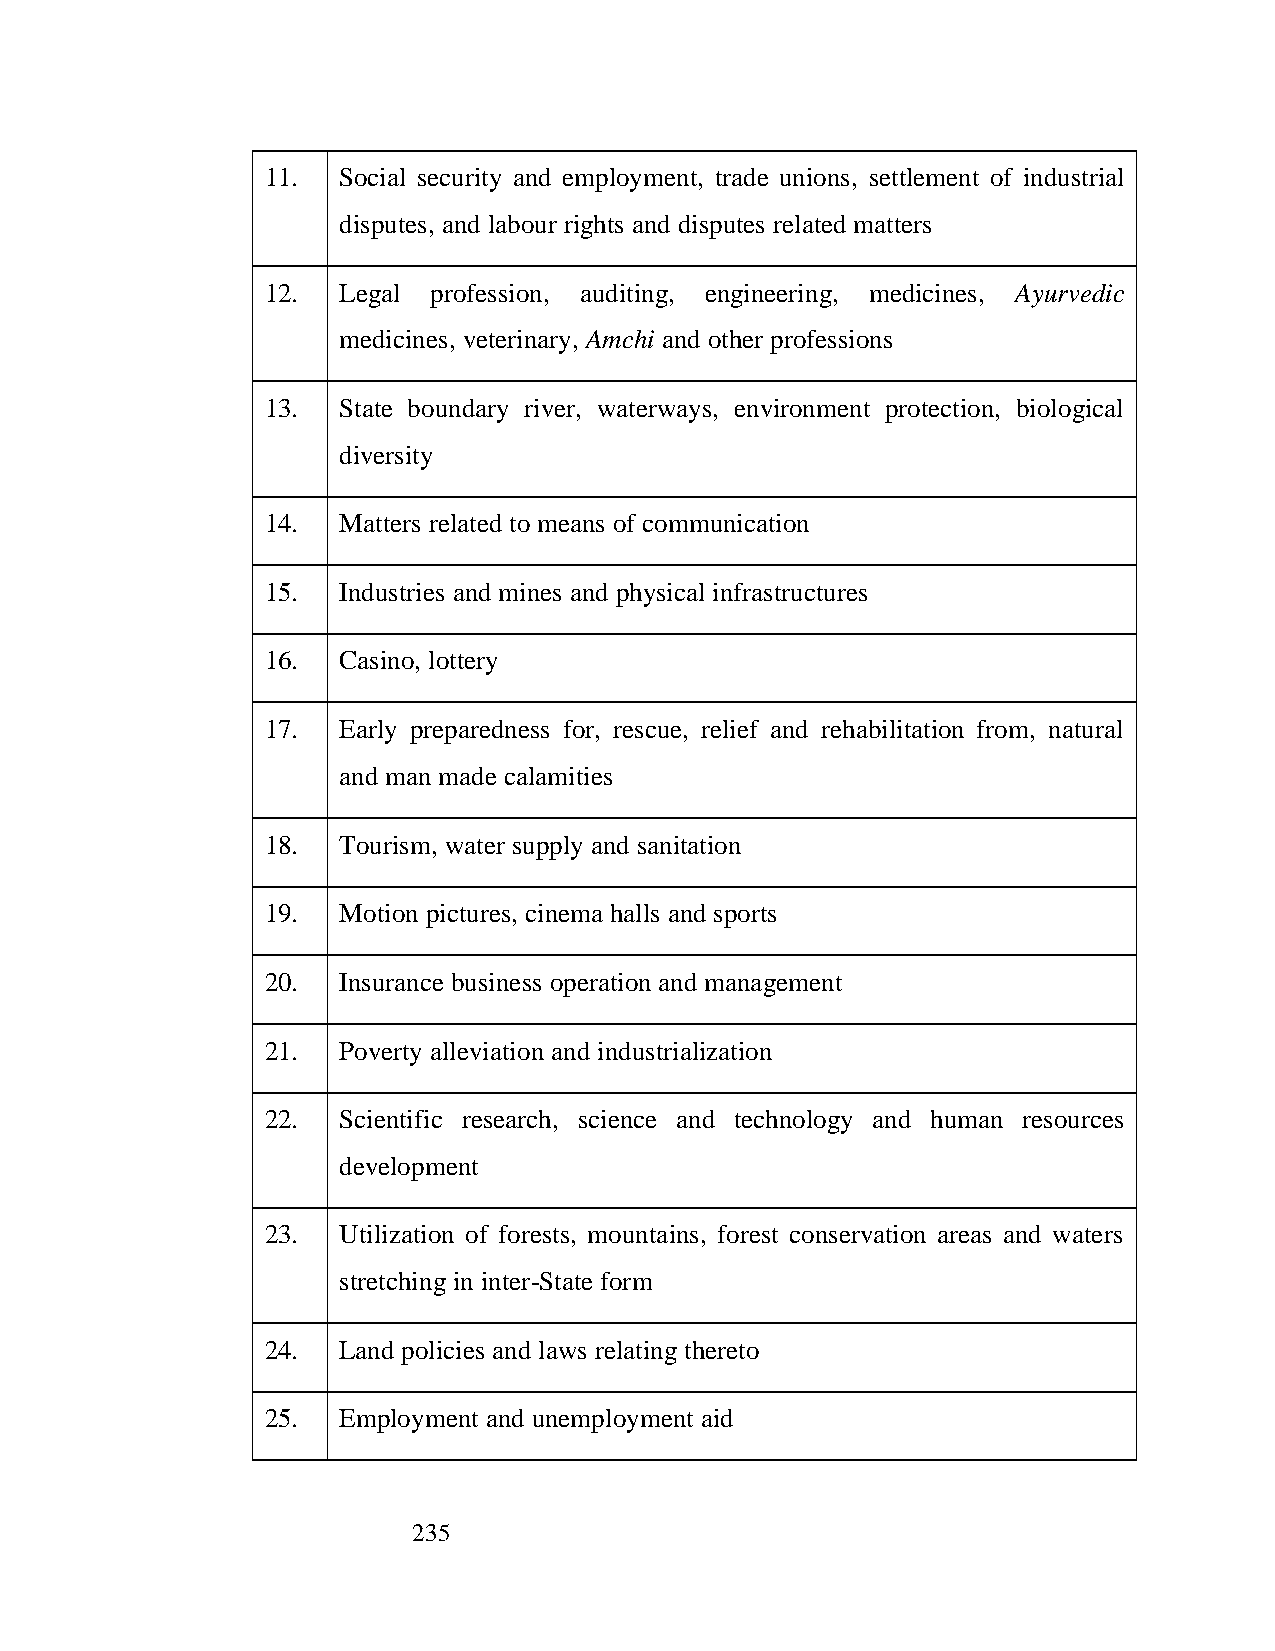
11. Social security and employment, trade unions, settlement of industrial
 disputes, and labour rights and disputes related matters
 12. Legal  profession, auditing, engineering, medicines, Ayurvedic
 medicines, veterinary, Amchi and other professions
 13. State boundary river, waterways, environment protection, biological
 diversity
 14. Matters related to means of communication
 15. Industries and mines and physical infrastructures
 16. Casino, lottery
 17. Early preparedness for, rescue, relief and rehabilitation from, natural
 and man made calamities
 18. Tourism, water supply and sanitation
 19. Motion pictures, cinema halls and sports
 20. Insurance business operation and management
 21. Poverty alleviation and industrialization
 22. Scientific research, science and technology and human resources
 development
 23. Utilization of forests, mountains, forest conservation areas and waters
 stretching in inter-State form
 24. Land policies and laws relating thereto
 25. Employment and unemployment aid
 235